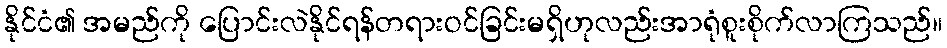
နိုင်ငံ၏ အမည်ကို ပြောင်းလဲနိုင်ရန်တရားဝင်ခြင်းမရှိဟုလည်းအာရုံစူးစိုက်လာကြသည်။